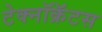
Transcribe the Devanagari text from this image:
टेक्नॉक्रॅटस